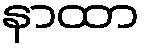
နာထာ